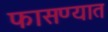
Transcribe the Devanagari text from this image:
फासण्यात